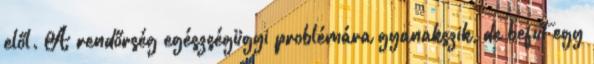
elől. A rendőrség egészségügyi problémára gyanakszik, de befut egy